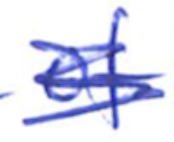
Text: of
Cross-out: scratch
Writing tool: ballpoint